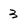
Character: 3